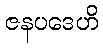
ဇနပဒေဟိ